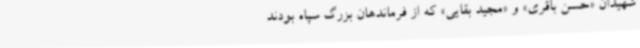
شهیدان «حسن باقری» و «مجید بقایی» که از فرماندهان بزرگ سپاه بودند